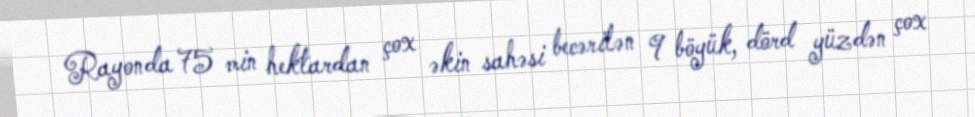
Rayonda 75 min hektardan çox əkin sahəsi becərilən 9 böyük, dörd yüzdən çox